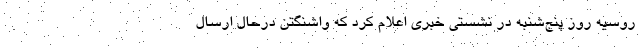
روسیه روز پنج‌شنبه در نشستی خبری اعلام کرد که واشنگتن درحال ارسال